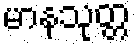
မာနသုတ္တ